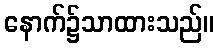
နောက်၌သာထားသည်။